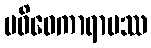
ပဝိဝေကာရာမဿ